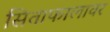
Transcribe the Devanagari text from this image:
सिताफालावर